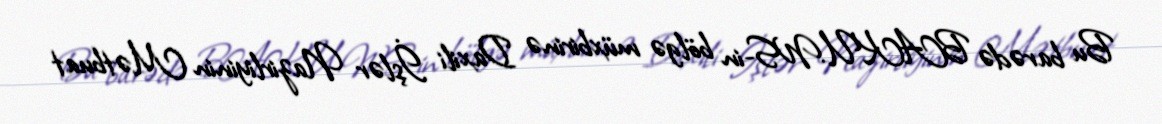
Bu barədə BAKU.WS-in bölgə müxbirinə Daxili İşlər Nazirliyinin Mətbuat